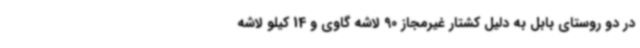
در دو روستای بابل به دلیل کشتار غیرمجاز 90 لاشه گاوی و 14 کیلو لاشه